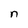
Character: n